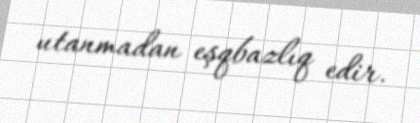
utanmadan eşqbazlıq edir.